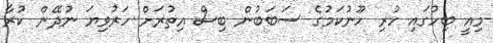
މިއީ ބިހުގައި ހުރި ހޫނުކަމުގެ ސަބަބުން ބިސް އިތުރަށް ހަރުވިޔަ ނުދޭން ކުރާ